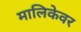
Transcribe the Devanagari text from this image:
मालिकेवर